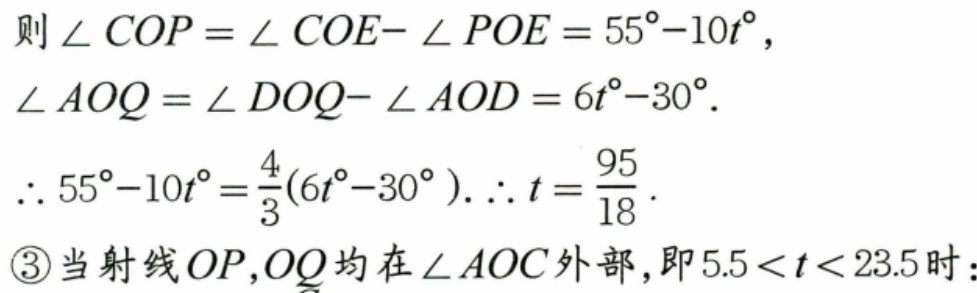
则$\angle COP = \angle COE - \angle POE = 55^{\circ}-10t^{\circ}$，
$\angle AOQ = \angle DOQ - \angle AOD = 6t^{\circ}-30^{\circ}$.
$\therefore 55^{\circ}-10t^{\circ}=\frac{4}{3}(6t^{\circ}-30^{\circ}). \therefore t = \frac{95}{18}$.
\textcircled{3}当射线$OP,OQ$均在$\angle AOC$外部，即$5.5 < t < 23.5$时：